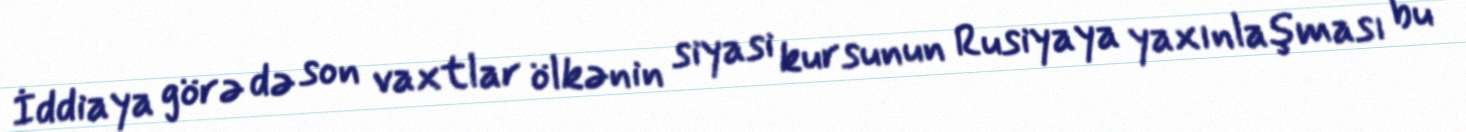
İddiaya görə də son vaxtlar ölkənin siyasi kursunun Rusiyaya yaxınlaşması bu